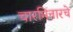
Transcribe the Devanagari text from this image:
चारमिनारचे